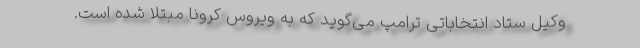
وکیل ستاد انتخاباتی ترامپ می‌گوید که به ویروس کرونا مبتلا شده است.